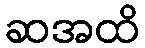
ဆအထိ